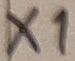
Text: X1